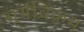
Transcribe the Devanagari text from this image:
सूर्यविक्रम